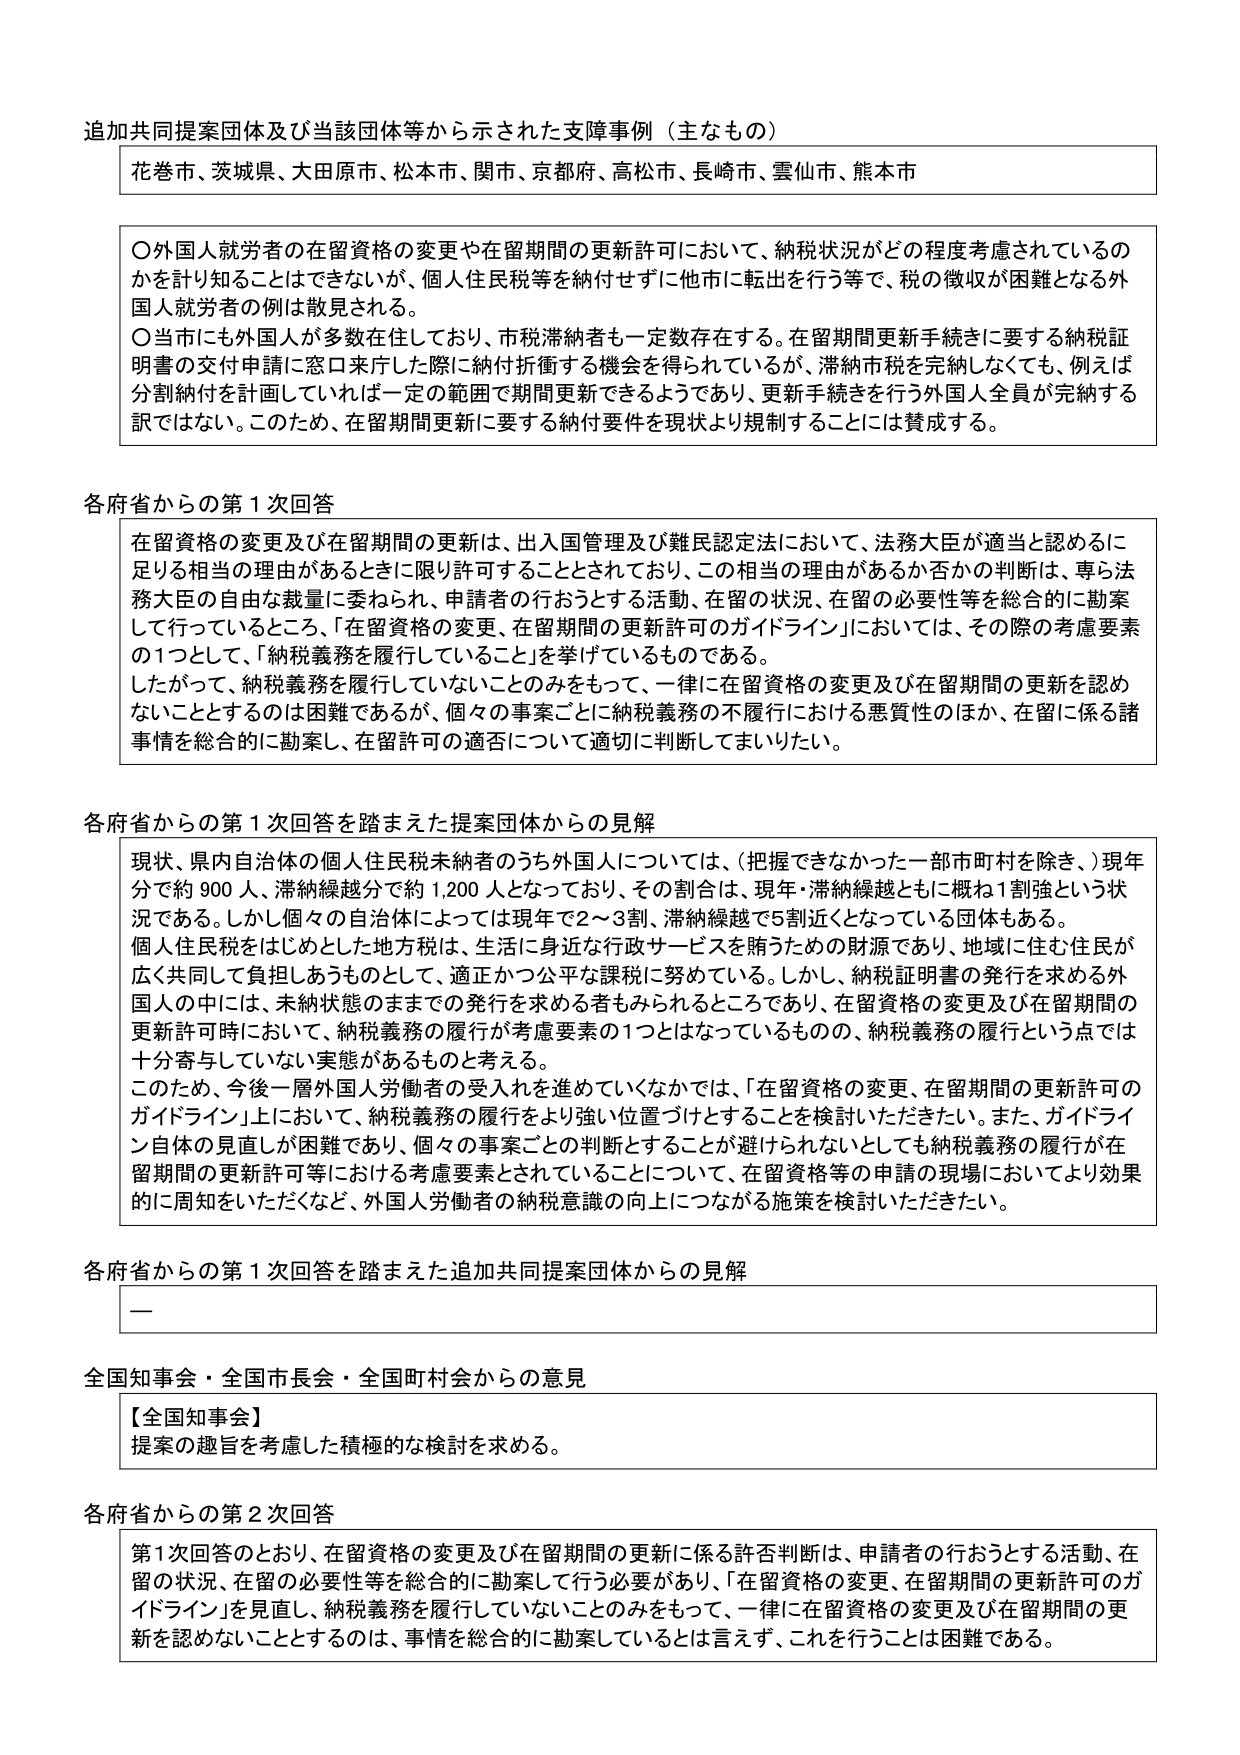
追加共同提案団体及び当該団体等から示された支障事例（主なもの）

花巻市、茨城県、大田原市、松本市、関市、京都府、高松市、長崎市、雲仙市、熊本市

〇外国人就労者の在留資格の変更や在留期間の更新許可において、納税状況がどの程度考慮されているのかを計り知ることはできないが、個人住民税等を納付せずに他市に転出を行う等で、税の徴収が困難となる外国人就労者の例は散見される。
〇当市にも外国人が多数在住しており、市税滞納者も一定数存在する。在留期間更新手続きに要する納税証明書の交付申請に窓口来庁した際に納付折衝する機会を得られているが、滞納市税を完納しなくても、例えば分割納付を計画していれば一定の範囲で期間更新できるようであり、更新手続きを行う外国人全員が完納する訳ではない。このため、在留期間更新に要する納付要件を現状より規制することには賛成する。

各府省からの第１次回答

在留資格の変更及び在留期間の更新は、出入国管理及び難民認定法において、法務大臣が適当と認めるに足りる相当の理由があるときに限り許可することとされており、この相当の理由があるか否かの判断は、専ら法務大臣の自由な裁量に委ねられ、申請者の行おうとする活動、在留の状況、在留の必要性等を総合的に勘案して行っているところ、「在留資格の変更、在留期間の更新許可のガイドライン」においては、その際の考慮要素の1つとして、「納税義務を履行していること」を挙げているものである。
したがって、納税義務を履行していないことのみをもって、一律に在留資格の変更及び在留期間の更新を認めないこととするのは困難であるが、個々の事案ごとに納税義務の不履行における悪質性のほか、在留に係る諸事情を総合的に勘案し、在留許可の適否について適切に判断してまいりたい。

各府省からの第１次回答を踏まえた提案団体からの見解

現状、県内自治体の個人住民税未納者のうち外国人については、（把握できなかった一部市町村を除き、）現年分で約900人、滞納繰越分で約1,200人となっており、その割合は、現年・滞納繰越ともに概ね1割強という状況である。しかし個々の自治体によっては現年で2～3割、滞納繰越で5割近くとなっている団体もある。
個人住民税をはじめとした地方税は、生活に身近な行政サービスを賄うための財源であり、地域に住む住民が広く共同して負担しあうものとして、適正かつ公平な課税に努めている。しかし、納税証明書の発行を求める外国人の中には、未納状態のままでその発行を求める者もみられるところであり、在留資格の変更及び在留期間の更新許可時において、納税義務の履行が考慮要素の1つとはなっているものの、納税義務の履行という点では十分寄与していない実態があるものと考える。
このため、今後一層外国人労働者の受入れを進めていくなかでは、「在留資格の変更、在留期間の更新許可のガイドライン」上において、納税義務の履行がより強い位置づけとすることを検討いただきたい。また、ガイドライン自体の見直しが困難であり、個々の事案ごとの判断とすることが避けられないとしても納税義務の履行が在留期間の更新許可における考慮要素とされていることについて、在留資格等の申請の現場においてより効果的に周知をいただくなど、外国人労働者の納税意識の向上につながる施策を検討いただきたい。

各府省からの第１次回答を踏まえた追加共同提案団体からの見解

—

全国知事会・全国市長会・全国町村会からの意見

【全国知事会】
提案の趣旨を考慮した積極的な検討を求める。

各府省からの第２次回答

第1次回答のとおり、在留資格の変更及び在留期間の更新に係る許否判断は、申請者の行おうとする活動、在留の状況、在留の必要性等を総合的に勘案して行う必要があり、「在留資格の変更、在留期間の更新許可のガイドライン」を見直し、納税義務を履行していないことのみをもって、一律に在留資格の変更及び在留期間の更新を認めないこととするのは、事情を総合的に勘案しているとは言えず、これを行うことは困難である。